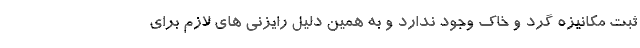
ثبت مکانیزه گرد و خاک وجود ندارد و به همین دلیل رایزنی های لازم برای